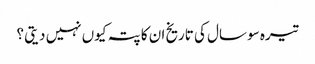
تیرہ سو سال کی تاریخ ان کا پتہ کیوں نہیں دیتی ؟